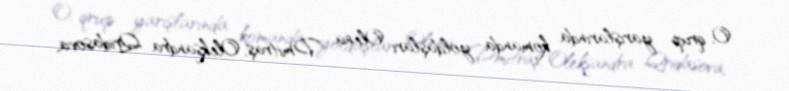
O, qrup yarışlarında komanda yoldaşları Olena Dmitraş, Oleksandra Qridasova,